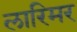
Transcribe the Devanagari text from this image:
लारिमर